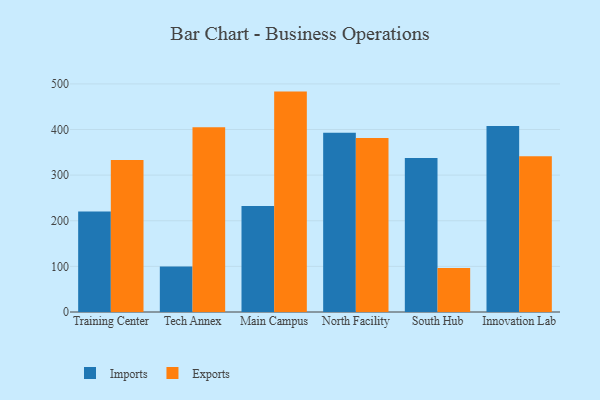
{"axis": {"x": "Campus", "y": "Temperature (°C)"}, "legend": ["Exports", "Imports"], "data": [{"x": "Training Center", "y": 220.1, "type": "Imports"}, {"x": "Training Center", "y": 333.0, "type": "Exports"}, {"x": "Tech Annex", "y": 99.9, "type": "Imports"}, {"x": "Tech Annex", "y": 404.9, "type": "Exports"}, {"x": "Main Campus", "y": 232.3, "type": "Imports"}, {"x": "Main Campus", "y": 483.1, "type": "Exports"}, {"x": "North Facility", "y": 392.7, "type": "Imports"}, {"x": "North Facility", "y": 381.6, "type": "Exports"}, {"x": "South Hub", "y": 337.6, "type": "Imports"}, {"x": "South Hub", "y": 96.3, "type": "Exports"}, {"x": "Innovation Lab", "y": 407.7, "type": "Imports"}, {"x": "Innovation Lab", "y": 341.4, "type": "Exports"}]}